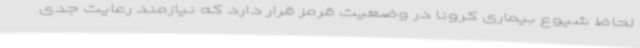
لحاظ شیوع بیماری کرونا در وضعیت قرمز قرار دارد که نیازمند رعایت جدی